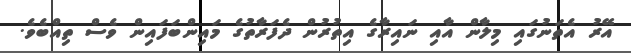
އޭރު އެތަނުގައި މިލާން އާއި ނައިރާގެ އިތުރުން ދެފަރާތުގެ މައިންބަފައިން ވެސް ތިއްބެވެ.